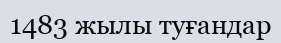
1483 жылы туғандар